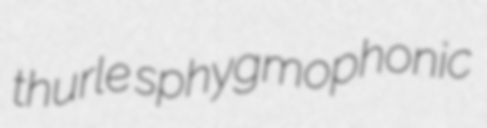
thurle sphygmophonic